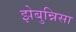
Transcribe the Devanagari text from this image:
झेबुन्निसा